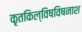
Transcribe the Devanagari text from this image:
कृतकिल्विषविषनाश